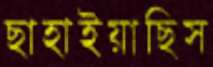
ছাহাইয়াছিস